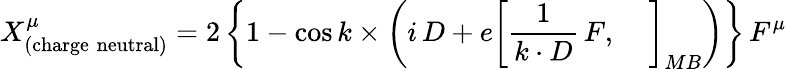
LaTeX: X_{\mathrm{(charge\; neutral)}}^{\mu}=2\left\{ 1-\cos k\times\left(i\, D+e\left[\frac{1}{k\cdot D}\, F,\; \; \; \; \right]_{MB}\right)\right\} \, F^{\mu}